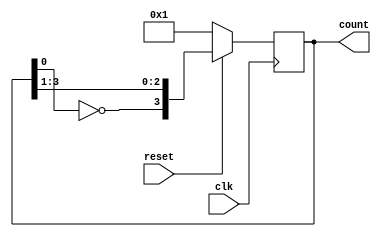
module johnson_counter(clk,reset,count);
  parameter WIDTH=4;
  input clk,reset;
  output reg [WIDTH-1:0] count;

always@(posedge clk)
begin
if(reset)
count={~count[0],count[WIDTH-1:1]};
else 
count=1;
end
endmodule